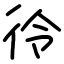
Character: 彾